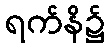
ရက်နိ၌